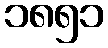
၁၈၅၁